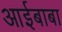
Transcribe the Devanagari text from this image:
आईबाबा